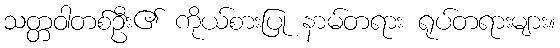
သတ္တဝါတစ်ဦး၏ ကိုယ်စားပြု နာမ်တရား ရုပ်တရားများ။